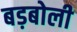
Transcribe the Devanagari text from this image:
बड़बोली